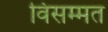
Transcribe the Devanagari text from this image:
विसम्मत